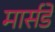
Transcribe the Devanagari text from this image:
मार्सडें